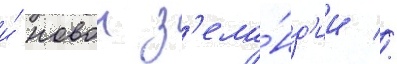
и́ новои з'ела́нд'ии //